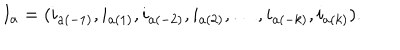
LaTeX: I _ { a } = ( i _ { a ( - 1 ) } , i _ { a ( 1 ) } , i _ { a ( - 2 ) } , i _ { a ( 2 ) } , \ldots , i _ { a ( - k ) } , i _ { a ( k ) } ) .